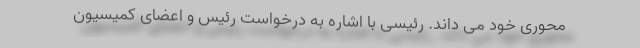
محوری خود می داند. رئیسی با اشاره به درخواست رئیس و اعضای کمیسیون